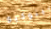
بينوكيو